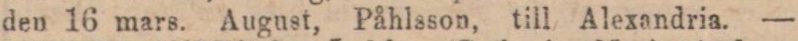
den 16 mars. August, Påhlsson, till Alexandria. —